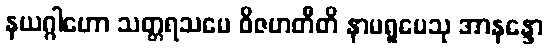
နယဂ္ဂါဟော သတ္တရသမေ ဝိဇဟတီတိ နာမရူပေသု အာနန္ဒော